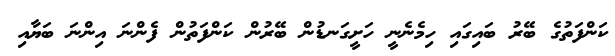
ކަންފަތުގެ ބޭރު ބައިގައި ހިމެނެނީ ހަށީގަނޑުން ބޭރުން ކަންފަތުން ފެންނަ އިންނަ ބަޔާއި